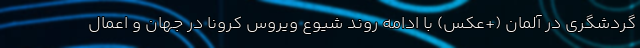
گردشگری در آلمان (+عکس) با ادامه روند شیوع ویروس کرونا در جهان و اعمال